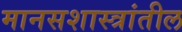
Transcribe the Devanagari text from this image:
मानसशास्त्रांतील